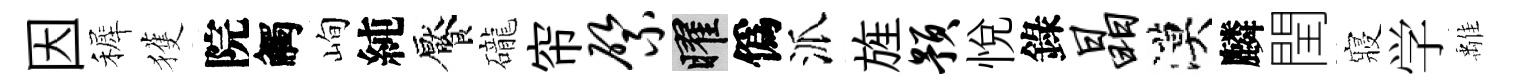
因裤獲院觸峋純饜礲帘綮曜僞派旌预悅錄晶漠麟閏寢学𩀌